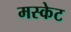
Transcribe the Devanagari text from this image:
मस्केट